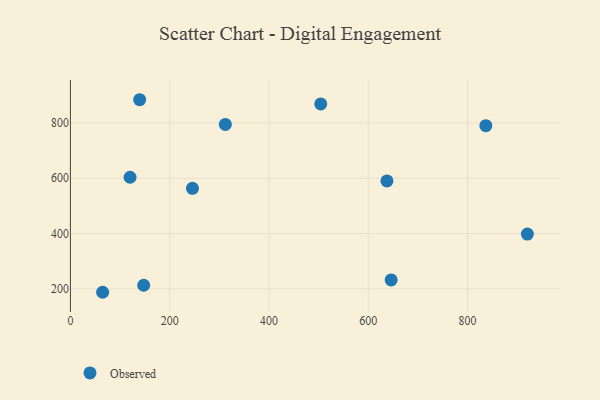
{"axis": {"x": "Price", "y": "Demand"}, "legend": ["Observed"], "data": [{"x": "920.6", "y": 398.0, "type": "Observed"}, {"x": "504.3", "y": 868.7, "type": "Observed"}, {"x": "64.9", "y": 187.6, "type": "Observed"}, {"x": "646.2", "y": 232.4, "type": "Observed"}, {"x": "120.2", "y": 603.6, "type": "Observed"}, {"x": "139.5", "y": 884.0, "type": "Observed"}, {"x": "312.1", "y": 794.8, "type": "Observed"}, {"x": "836.9", "y": 790.3, "type": "Observed"}, {"x": "245.9", "y": 563.5, "type": "Observed"}, {"x": "637.7", "y": 590.2, "type": "Observed"}, {"x": "147.6", "y": 213.0, "type": "Observed"}]}